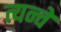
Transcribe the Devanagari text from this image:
त्यन्चे